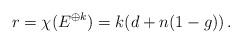
LaTeX: \begin{align*}r = \chi(E^{\oplus k}) = k(d + n(1 -g)) \,.\end{align*}